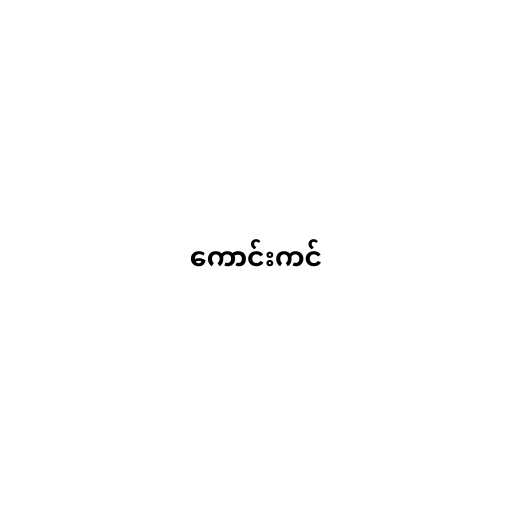
ကောင်းကင်